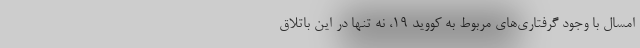
امسال با وجود گرفتاری‌های مربوط به کووید ۱۹، نه تنها در این باتلاق